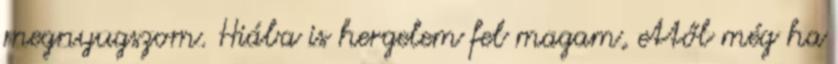
megnyugszom. Hiába is hergelem fel magam, ettől még ha